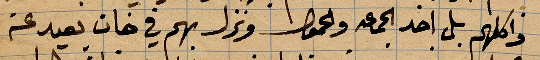
واكلهم بل اخذ الجمعة وحفظ ونزل بهم في خان بعيد عن